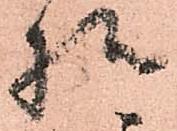
様